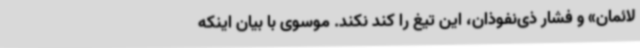
لائمان» و فشار ذی‌نفوذان، این تیغ را کند نکند. موسوی با بیان اینکه